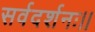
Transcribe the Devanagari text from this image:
सर्वदर्शनः।।